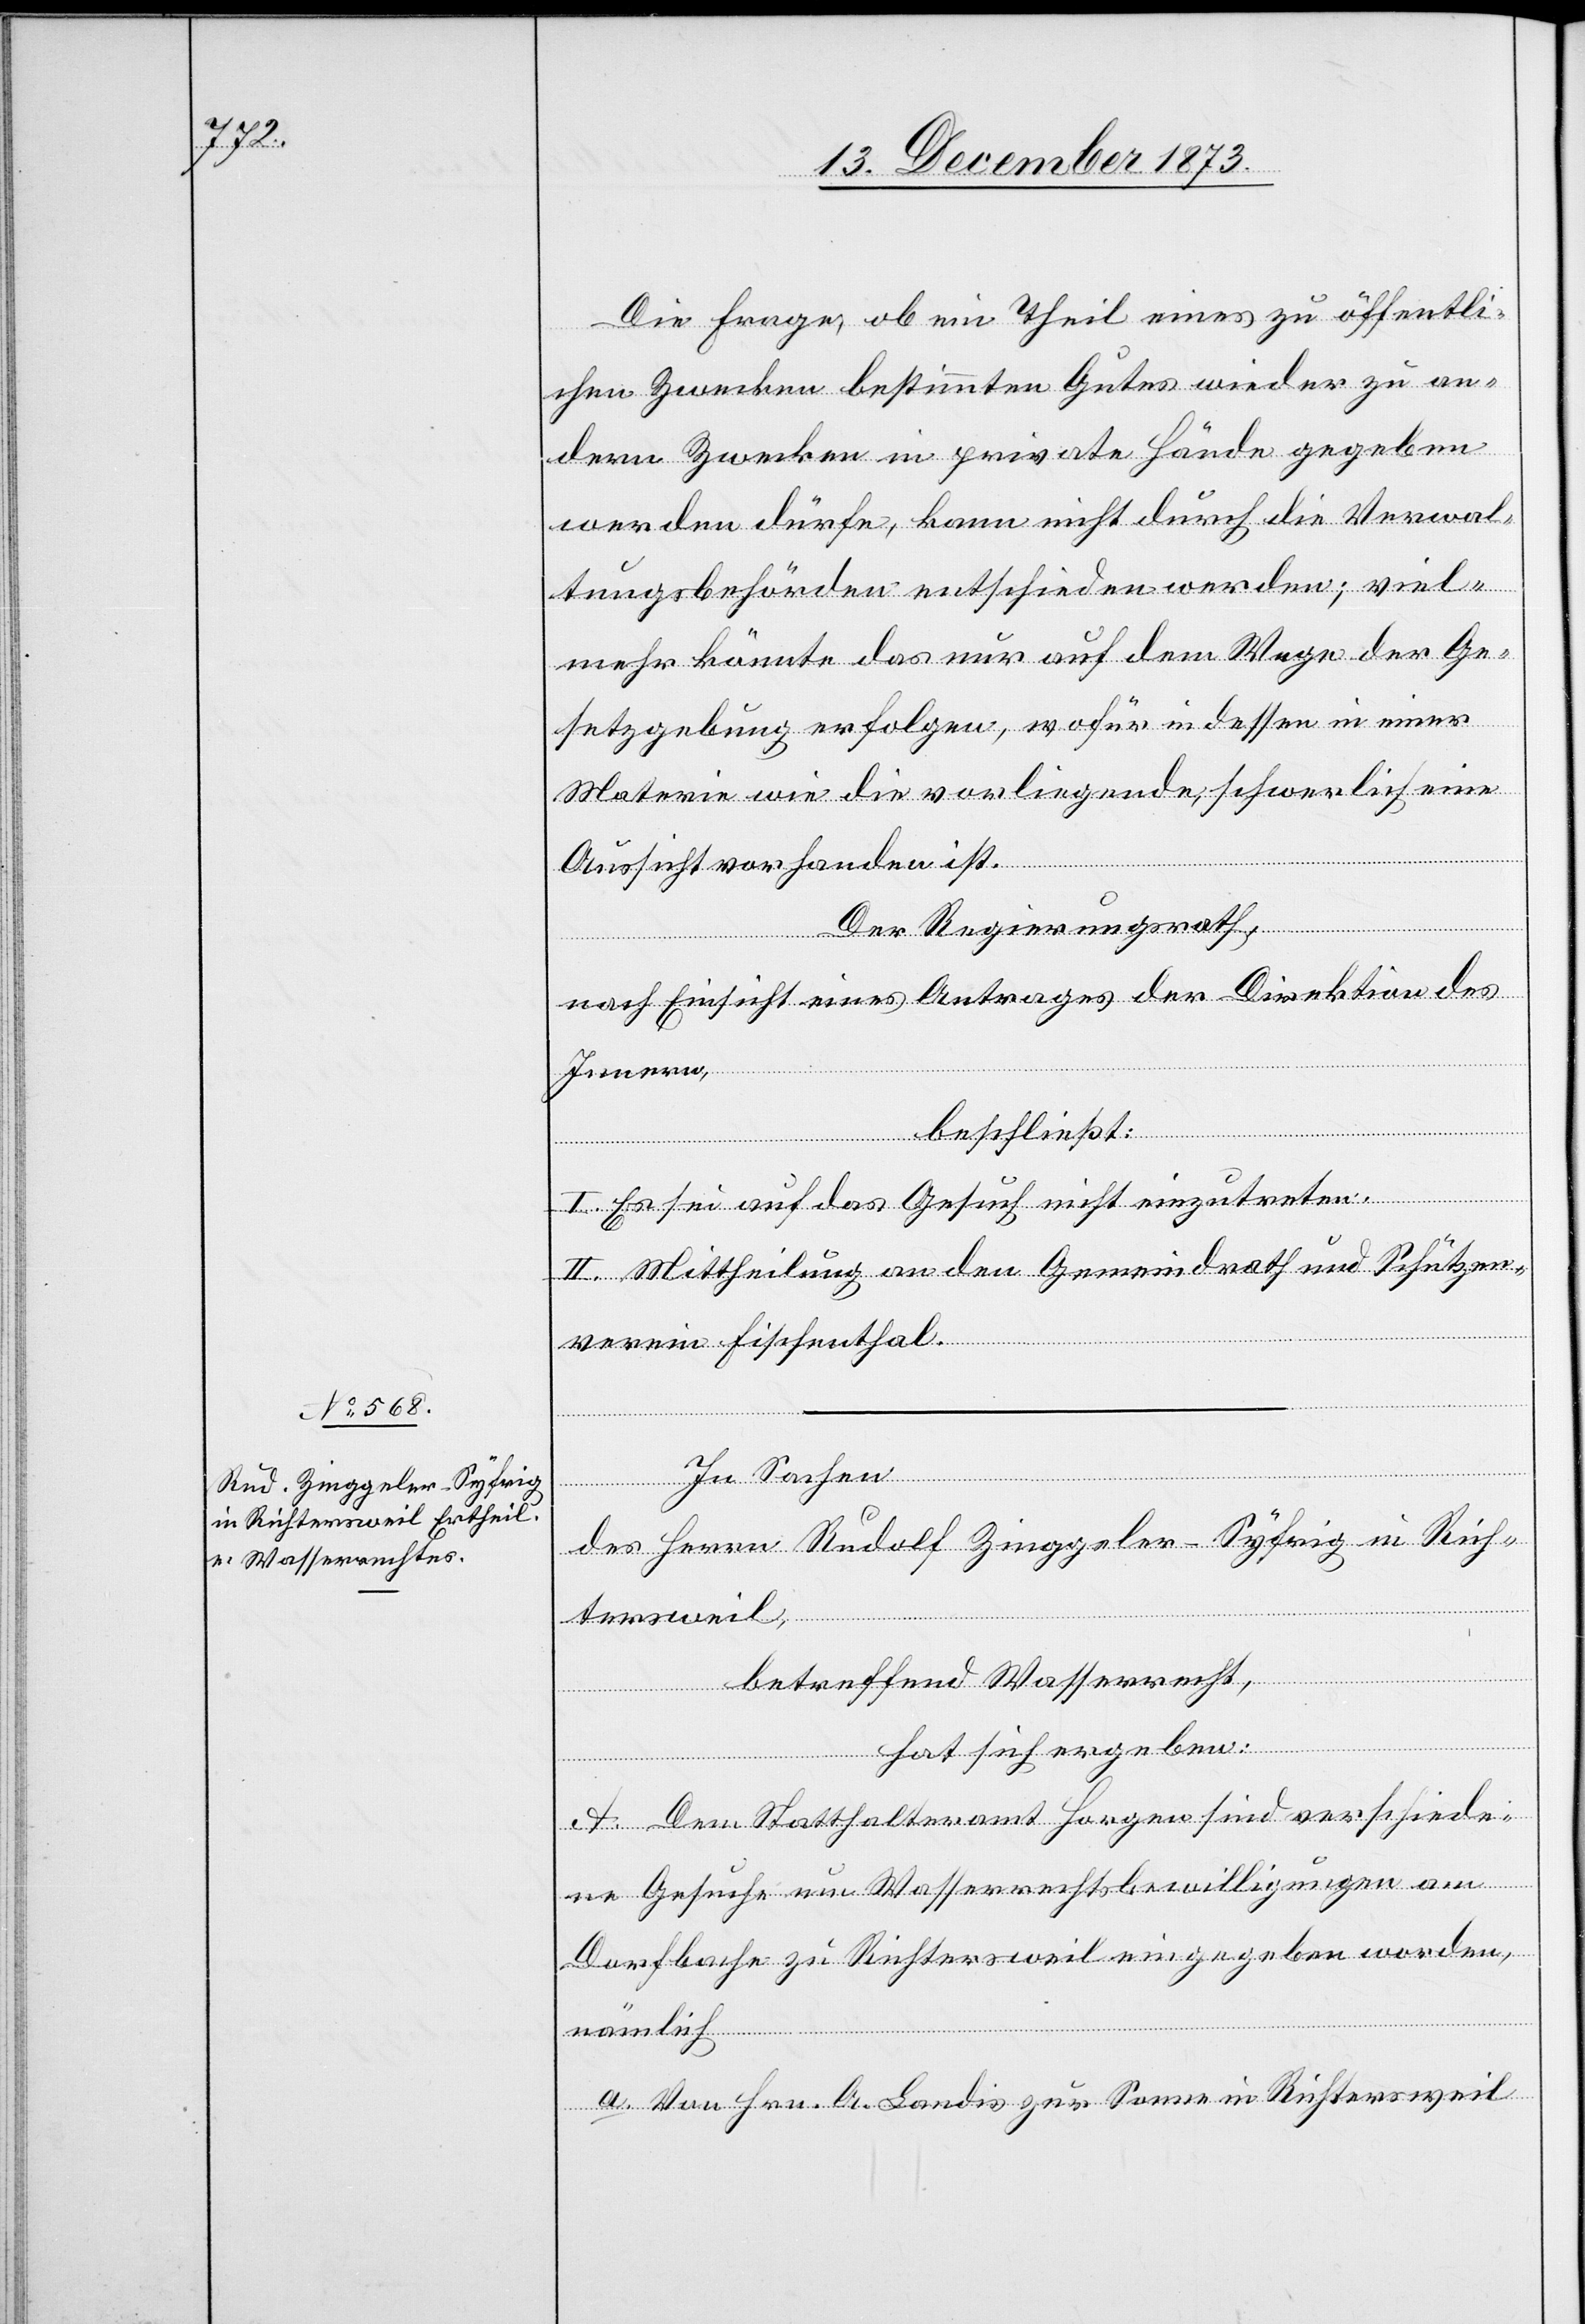
Die Frage, ob ein Theil eines zu öffentli¬
chen Zwecken bestimmten Gutes wieder zu an¬
dern Zwecken in private Hände gegeben
werden dürfe, kann nicht durch die Verwal¬
tungsbehörden entschieden werden; viel¬
mehr könnte das nur auf dem Wege der Ge¬
setzgebung erfolgen, wofür indessen in einer
Materie wie die vorliegende, schwerlich eine
Aussicht vorhanden ist.
Der Regierungsrath,
nach Einsicht eines Antrages der Direktion des
Innern,
beschließt:
I. Es sei auf das Gesuch nicht einzutreten.
II. Mittheilung an den Gemeindrath und Schützen¬
verein Fischenthal.
In Sachen
des Herrn Rudolf Zinggeler-Syfrig in Rich¬
tersweil,
betreffend Wasserrecht,
hat sich ergeben:
A. Dem Statthalteramt Horgen sind verschiede¬
ne Gesuche um Wasserrechtsbewilligungen am
Dorfbache zu Richtersweil eingegeben worden,
nämlich
a. Von Hrn. A. Landis zur Sonne in Richtersweil